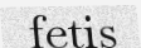
fetis